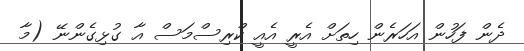
ދެން ފަހުން އަހަރެން ހިތަށް އެރީ އެއީ ކްރިސްމަސް އާ ގުޅިގެންނޭ (މާ